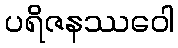
ပရိဇနဿဝေါ